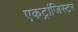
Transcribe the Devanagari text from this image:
एकट्रांजिस्टर